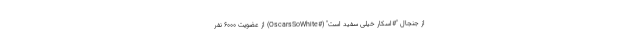
از جنجال "#اسکار خیلی سفید است" (#OscarsSoWhite) از عضویت 6000 نفر